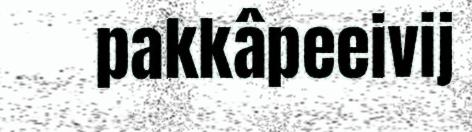
pakkâpeeivij